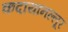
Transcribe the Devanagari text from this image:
कदायानल्लूर